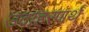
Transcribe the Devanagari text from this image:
उदाहरणर्थ